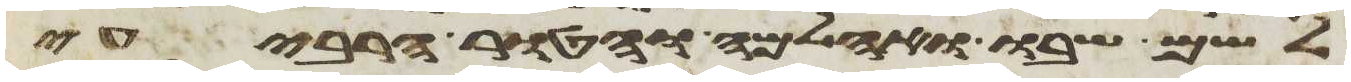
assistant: לשם שבו ואחלמה והטור הרביעי